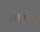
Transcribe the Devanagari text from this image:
लोंबीवर